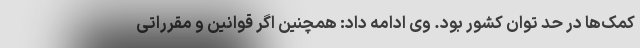
کمک‌ها در حد توان کشور بود. وی ادامه داد: همچنین اگر قوانین و مقرراتی